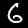
Digit: 6